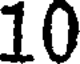
10